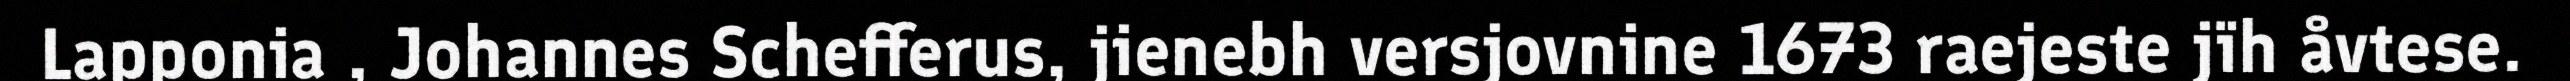
Lapponia , Johannes Schefferus, jienebh versjovnine 1673 raejeste jïh åvtese.